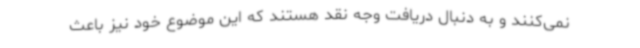
نمی‌کنند و به دنبال دریافت وجه نقد هستند که این موضوع خود نیز باعث